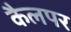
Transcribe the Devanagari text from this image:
कैलपर